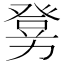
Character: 𤼶